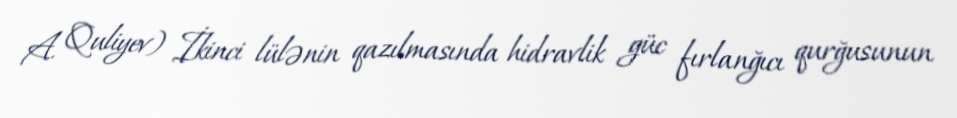
A. Quliyev) İkinci lülənin qazılmasında hidravlik güc fırlanğıcı qurğusunun